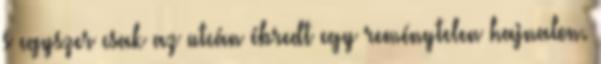
s egyszer csak az utcán ébredt egy reménytelen hajnalon.